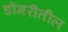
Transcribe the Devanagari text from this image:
डोंगरीतील